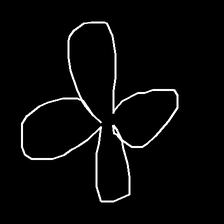
Glyph: billowing